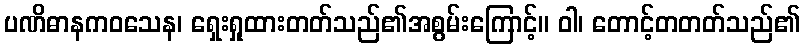
ပဏိဓာနကဝသေန၊ ရှေးရှုထားတတ်သည်၏အစွမ်းကြောင့်။ ဝါ၊ တောင့်တတတ်သည်၏